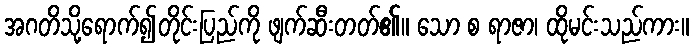
အဂတိသို့ရောက်၍တိုင်းပြည်ကို ဖျက်ဆီးတတ်၏။ သော စ ရာဇာ၊ ထိုမင်းသည်ကား။